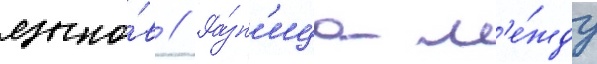
языко́в // Ра́зн'ица м'е́жду